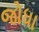
જોધા